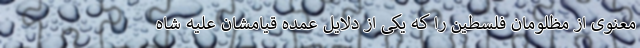
معنوی از مظلومان فلسطین را که یکی از دلایل عمده قیامشان علیه شاه